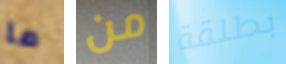
ما من بطلقة